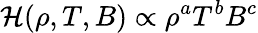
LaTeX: {\cal H}(\rho,T,B)\propto\rho^{a}T^{b}B^{c}